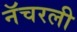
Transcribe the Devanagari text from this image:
नॅचरली